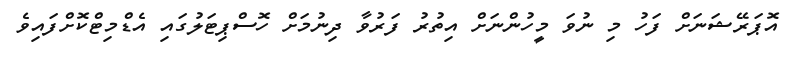
އޮޕަރޭޝަނަށް ފަހު މި ނުވަ މީހުންނަށް އިތުރު ފަރުވާ ދިނުމަށް ހޮސްޕިޓަލުގައި އެޑްމިޓްކޮށްފައިވެ